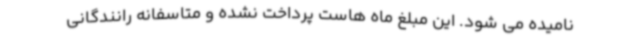
نامیده می شود. این مبلغ ماه هاست پرداخت نشده و متاسفانه رانندگانی